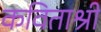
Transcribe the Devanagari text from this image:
कविताश्री